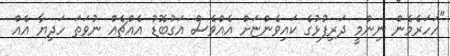
"އަހަރެމެން ނިންމީ ދަރިފުޅުގެ ކައިވެންޏަށް އެއްވެސް އަގުބޮޑު އެއްޗެއް ނުވަތަ ހަދިޔާ އެއް